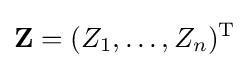
\mathbf {Z} =(Z_{1},\ldots ,Z_{n})^{\mathrm {T} }